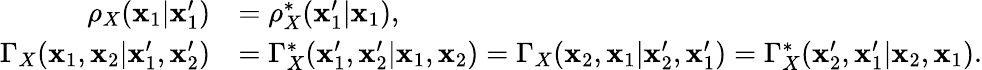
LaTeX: \begin{array}{rl}{\rho_{X}(\mathbf{x}_{1}|\mathbf{x}_{1}^{\prime})}&{=\rho_{X}^{*}(\mathbf{x}_{1}^{\prime}|\mathbf{x}_{1}),}\\ {\Gamma_{X}(\mathbf{x}_{1},\mathbf{x}_{2}|\mathbf{x}_{1}^{\prime},\mathbf{x}_{2}^{\prime})}&{=\Gamma_{X}^{*}(\mathbf{x}_{1}^{\prime},\mathbf{x}_{2}^{\prime}|\mathbf{x}_{1},\mathbf{x}_{2})=\Gamma_{X}(\mathbf{x}_{2},\mathbf{x}_{1}|\mathbf{x}_{2}^{\prime},\mathbf{x}_{1}^{\prime})=\Gamma_{X}^{*}(\mathbf{x}_{2}^{\prime},\mathbf{x}_{1}^{\prime}|\mathbf{x}_{2},\mathbf{x}_{1}).}\end{array}